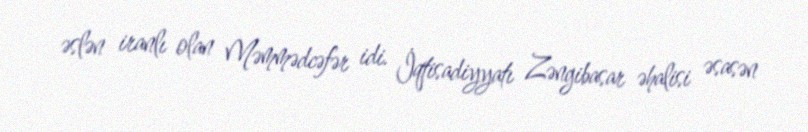
əslən iranlı olan Məmmədcəfər idi. İqtisadiyyatı Zəngibasar əhalisi əsasən